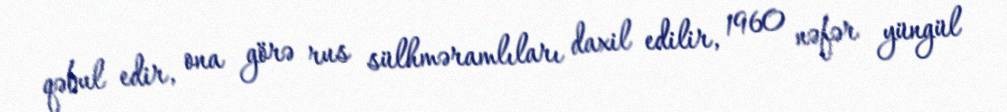
qəbul edir, ona görə rus sülhməramlıları daxil edilir, 1960 nəfər yüngül